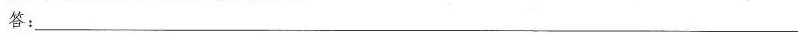
答：___